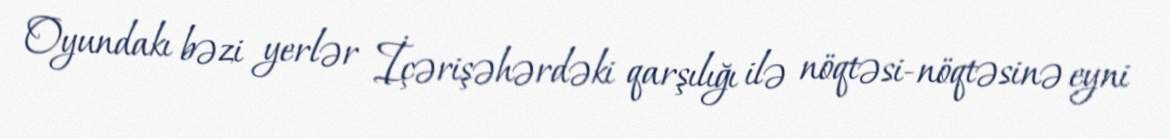
Oyundakı bəzi yerlər İçərişəhərdəki qarşılığı ilə nöqtəsi-nöqtəsinə eyni